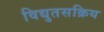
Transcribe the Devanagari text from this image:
विद्युतसक्रिय